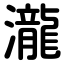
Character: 瀧